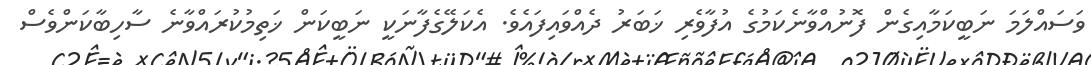
ވަސައްލަމަ ނަބީކަމާއިގެން ފޮނުއްވާނެކަމުގެ އުފާވެރި ޚަބަރު ދެއްވައިފައެވެ. އެކަލޭގެފާނަކީ ނަބީކަން ޚަތިމުކުރައްވާނެ ސާހިބާކަންވެސް